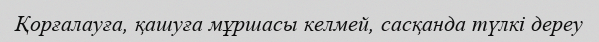
Қорғалауға, қашуға мұршасы келмей, сасқанда түлкі дереу